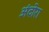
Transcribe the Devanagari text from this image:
अंदोरा